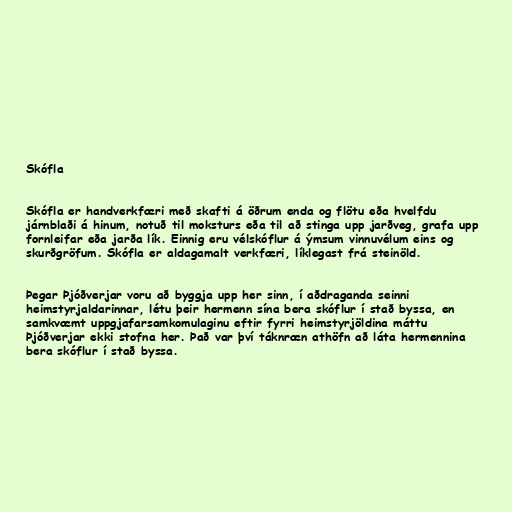
Skófla

Skófla er handverkfæri með skafti á öðrum enda og flötu eða hvelfdu
járnblaði á hinum, notuð til moksturs eða til að stinga upp jarðveg, grafa upp
fornleifar eða jarða lík. Einnig eru vélskóflur á ýmsum vinnuvélum eins og
skurðgröfum. Skófla er aldagamalt verkfæri, líklegast frá steinöld.

Þegar Þjóðverjar voru að byggja upp her sinn, í aðdraganda seinni
heimstyrjaldarinnar, létu þeir hermenn sína bera skóflur í stað byssa, en
samkvæmt uppgjafarsamkomulaginu eftir fyrri heimstyrjöldina máttu
Þjóðverjar ekki stofna her. Það var því táknræn athöfn að láta hermennina
bera skóflur í stað byssa.